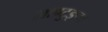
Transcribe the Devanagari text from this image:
शाण्टुङ्ग